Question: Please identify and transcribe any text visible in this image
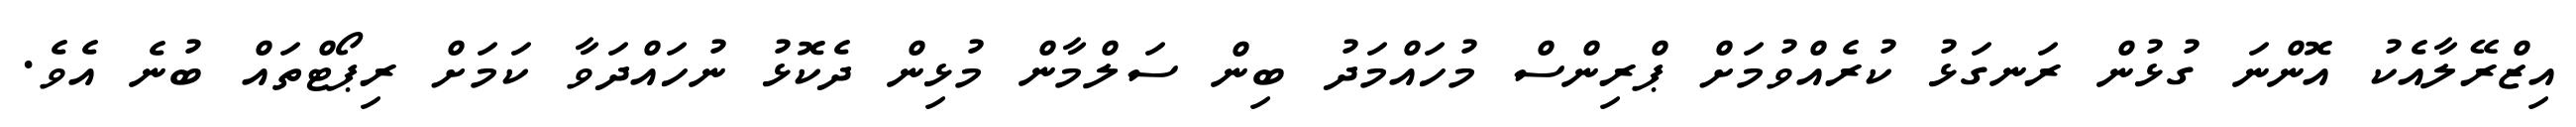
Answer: އިޒްރޭލާއެކު އޮންނަ ގުޅުން ރަނގަޅު ކުރެއްވުމަށް ޕްރިންސް މުހައްމަދު ބިން ސަލްމާން މުޅިން ދެކޮޅު ނުހައްދަވާ ކަމަށް ރިޕޯޓްތައް ބުނެ އެވެ.